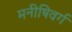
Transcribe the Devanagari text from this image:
मनीषिवर्ग